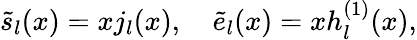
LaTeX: \tilde{s}_{l}(x)=xj_{l}(x),\quad\tilde{e}_{l}(x)=xh_{l}^{(1)}(x),